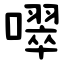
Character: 噿